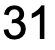
31